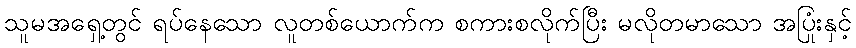
သူမအရှေ့တွင် ရပ်နေသော လူတစ်ယောက်က စကားစလိုက်ပြီး မလိုတမာသော အပြုံးနှင့်